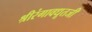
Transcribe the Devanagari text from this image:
श्रीरंगावधूतजी